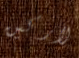
لاركين